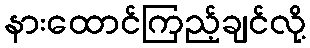
နားထောင်ကြည့်ချင်လို့